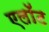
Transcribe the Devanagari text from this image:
एलॉट